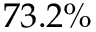
7 3 . 2 \%